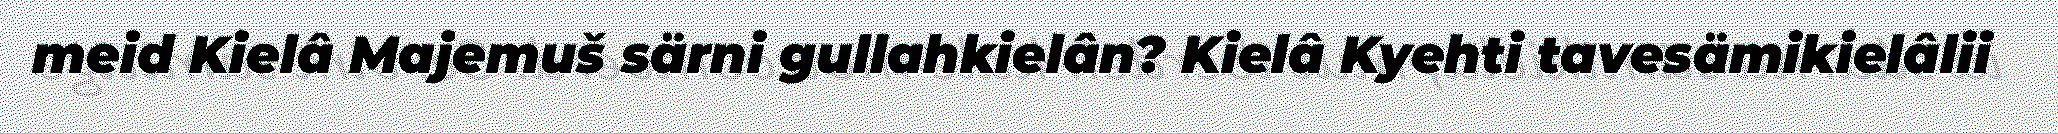
meid Kielâ Majemuš särni gullahkielân? Kielâ Kyehti tavesämikielâlii